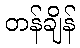
တန်ချိန်